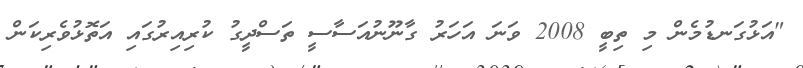
"އަޅުގަނޑުމެން މި ތިބީ 2008 ވަނަ އަހަރު ގާނޫނުއަސާސީ ތަސްދީގު ކުރިއިރުގައި އަތޮޅުވެރިކަން